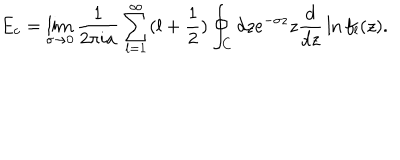
LaTeX: E _ { c } = \lim _ { \sigma \to 0 } { \frac { 1 } { 2 \pi i a } } \sum _ { l = 1 } ^ { \infty } ( l + { \frac { 1 } { 2 } } ) \oint _ { C } d z e ^ { - \sigma z } z { \frac { d } { d z } } \ln f _ { l } ( z ) .